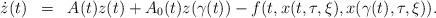
LaTeX: \begin{align*} \begin{array}{lcl}\dot{z}(t)&=&A(t)z(t)+A_{0}(t)z(\gamma(t))-f(t,x(t,\tau,\xi),x(\gamma(t),\tau,\xi)).\end{array}\end{align*}